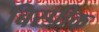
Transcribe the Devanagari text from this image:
बिस्पीक